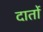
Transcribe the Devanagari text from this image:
दार्तो